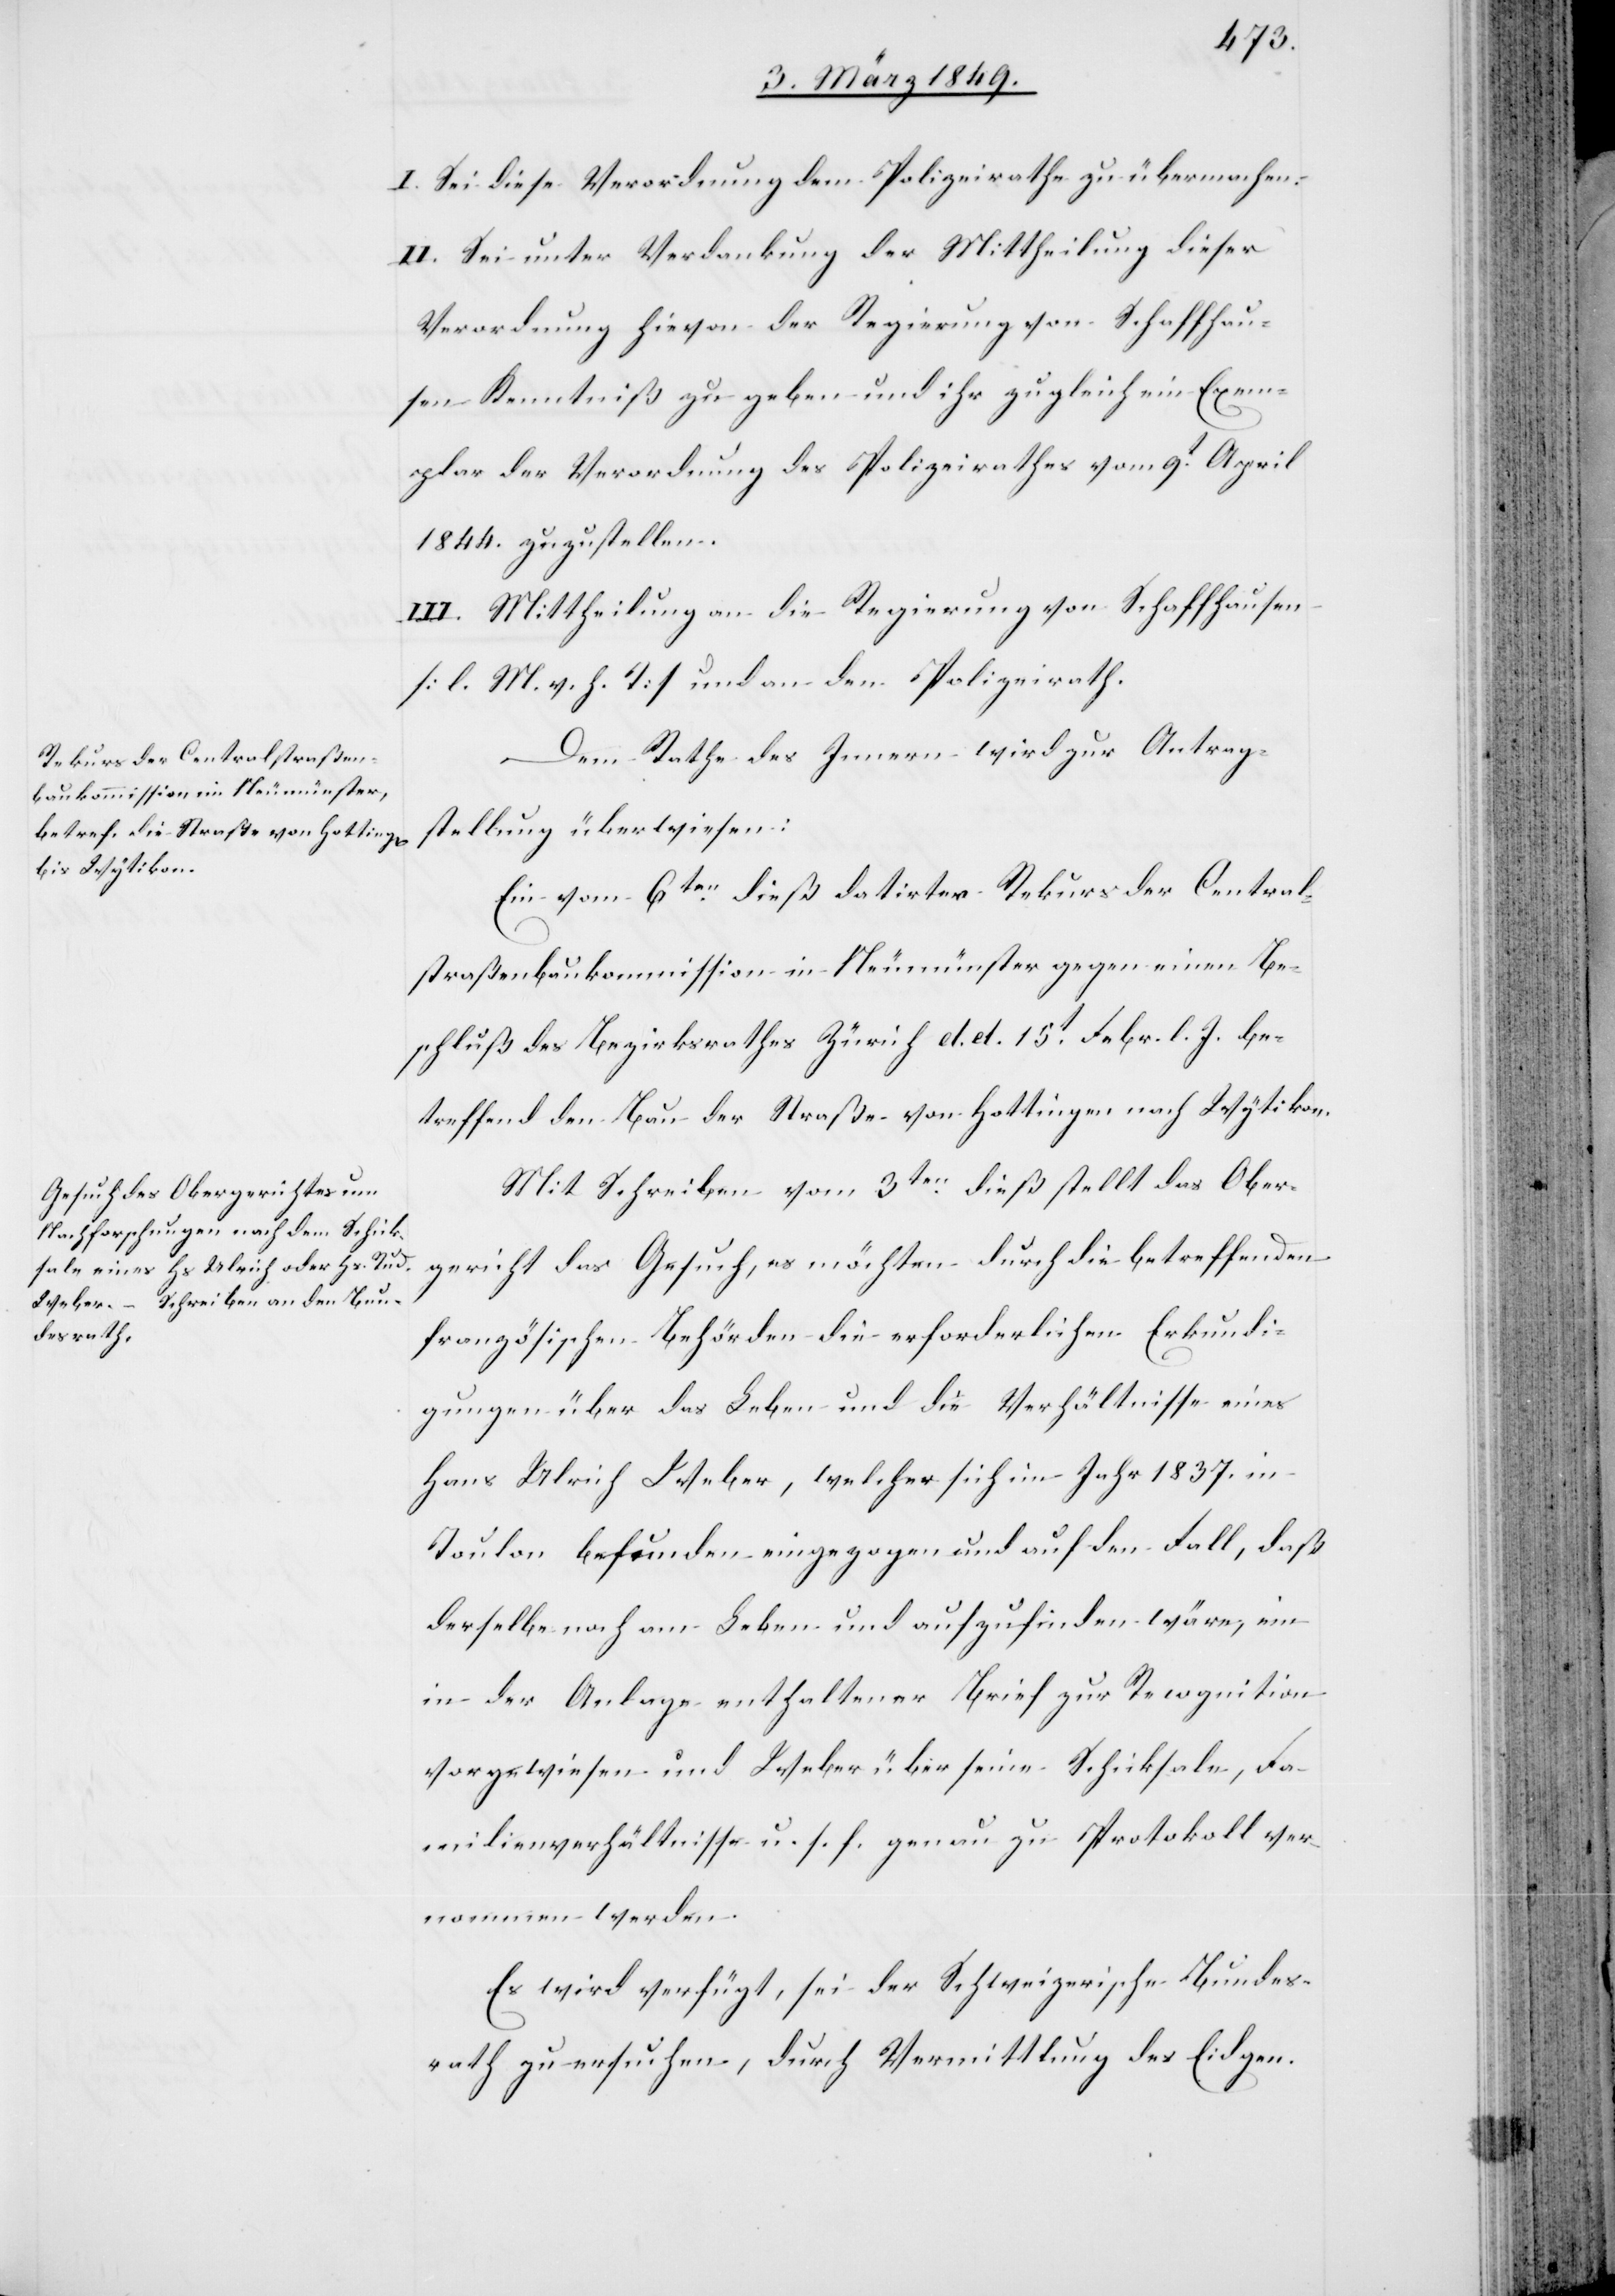
9. März 1849.]
I. Sei diese Verordnung dem Polizeirathe zu übermachen.
II. Sei unter Verdankung der Mittheilung dieser
Verordnung hievon der Regierung von Schaffhau¬
sen Kenntniß zu geben und ihr zugleich ein Exem¬
plar der Verordnung des Polizeirathes vom 9t. April
1844. zuzustellen.
III. Mittheilung an die Regierung von Schaffhausen
[l. M. v. h. T] und an den Polizeirath.
Dem Rathe des Innern wird zur Antrag¬
stellung überwiesen:
Ein vom 6ten. dieß datirter Rekurs der Central¬
straßenbaukommission in Neumünster gegen einen Be¬
schluß des Bezirksrathes Zürich d. d. 15t. Febr. l. J. be¬
treffend den Bau der Straße von Hottingen nach Wytikon.
Mit Schreiben vom 3ten. dieß stellt das Ober¬
gericht das Gesuch, es möchten durch die betreffenden
französischen Behörden die erforderlichen Erkundi¬
gungen über das Leben und die Verhältnisse eines
Hans Ulrich Weber, welcher sich im Jahr 1837. in
Toulon befunden eingezogen und auf den Fall, daß
derselbe noch am Leben und aufzufinden wäre, ein
in der Anlage enthaltener Brief zur Recognition
vorgewiesen und Weber über seine Schicksale, Fa¬
milienverhältnisse u. s. f. genau zu Protokoll ver¬
nommen werden.
Es wird verfügt, sei der Schweizerische Bundes¬
rath zu ersuchen, durch Vermmittlung des Eidgen.